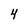
Character: 4